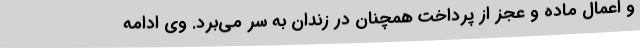
و اعمال ماده و عجز از پرداخت همچنان در زندان به سر می‌برد. وی ادامه